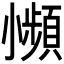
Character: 𫵍